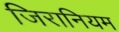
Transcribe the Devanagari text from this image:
जिरानियम